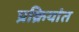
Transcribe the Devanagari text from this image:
प्रक्रियांत